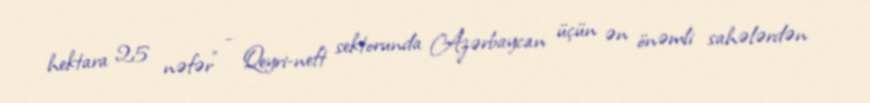
hektara 25 nəfər” - Qeyri-neft sektorunda Azərbaycan üçün ən önəmli sahələrdən